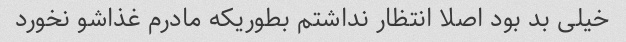
خیلی بد بود اصلا انتظار نداشتم بطوریکه مادرم غذاشو نخورد